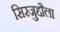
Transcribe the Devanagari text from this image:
सिरजुद्दौला